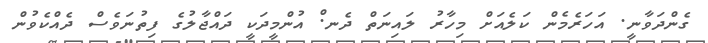
ގެންދަވާނީ. އަހަރެމެން ކަލެއަށް މިހާރު ލައިނަތް ދެނ.ް އުންމީދަކީ ދައްޖާލުގެ ފިތުނަވެސް ދެއްކެވުން